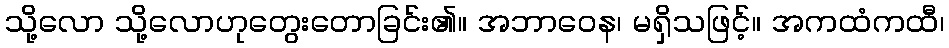
သို့လော သို့လောဟုတွေးတောခြင်း၏။ အဘာဝေန၊ မရှိသဖြင့်။ အကထံကထီ၊